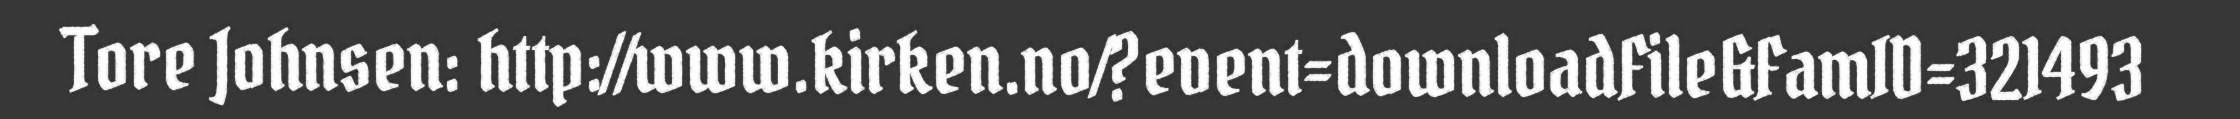
Tore Johnsen: http://www.kirken.no/?event=downloadFile&FamID=321493